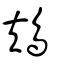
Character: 鳺